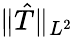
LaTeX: \Vert\hat{T}\Vert_{L^{2}}